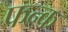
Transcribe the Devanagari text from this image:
फन्क